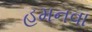
હમનવા